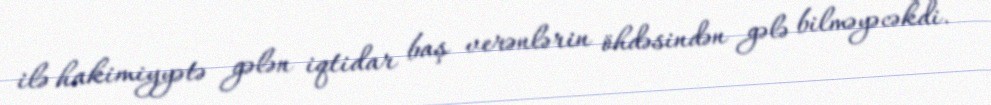
ilə hakimiyyətə gələn iqtidar baş verənlərin öhdəsindən gələ bilməyəcəkdi.